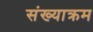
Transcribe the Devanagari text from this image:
संख्याक्रम